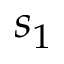
s _ { 1 }